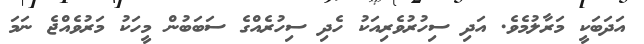
އަދަބަކީ މަރާލުމެވެ. އަދި ސިހުރުވެރިއަކު ހެދި ސިހުރެއްގެ ސަބަބުން މީހަކު މަރުވެއްޖެ ނަމަ